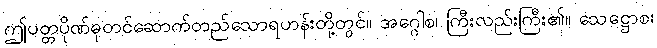
ဤပတ္တပိုဏ်ဓုတင်ဆောက်တည်သောရဟန်းတို့တွင်။ အဂ္ဂေါစ၊ ကြီးလည်းကြီး၏။ သေဋ္ဌောစ၊